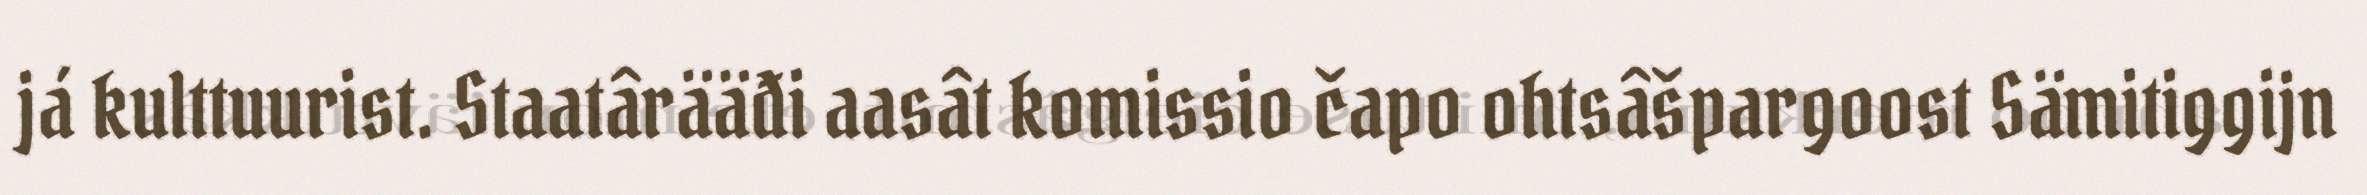
já kulttuurist. Staatârääđi aasât komissio čapo ohtsâšpargoost Sämitiggijn